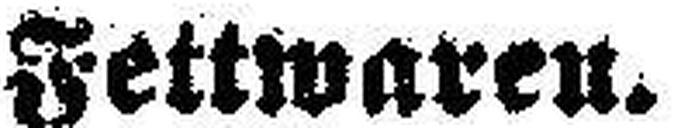
Fettwaren.